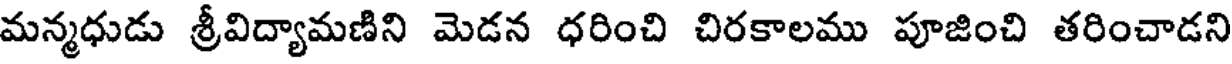
మన్మధుడు శ్రీవిద్యామణిని మెడన ధరించి చిరకాలము పూజించి తరించాడని